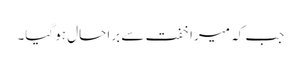
جب کہ میرا خفت سے برا حال ہو گیا۔